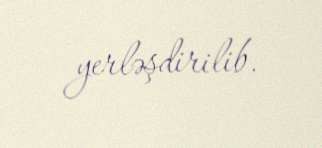
yerləşdirilib.